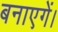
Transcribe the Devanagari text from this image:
बनाएगें।